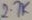
Text: 2.7K